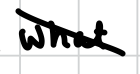
Text: what
Cross-out: mix
Writing tool: digital_black